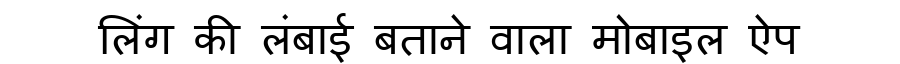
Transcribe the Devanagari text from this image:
लिंग की लंबाई बताने वाला मोबाइल ऐप